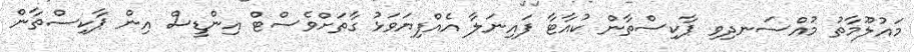
މައުލޫމާތު މުއްސަނދިވި ޕާކިސްތާން ކުއާޓާ ފައިނަލާ އެއްފިޔަވަޅު ގާތަށްވެސްޓް އިންޑީސް އިން ޕާކިސްތާން